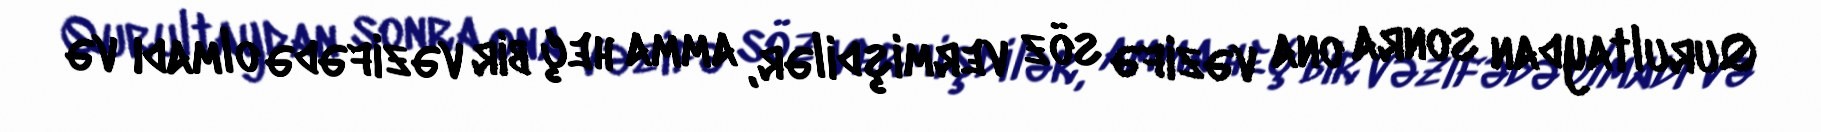
Qurultaydan sonra ona vəzifə söz vermişdilər, amma heç bir vəzifədə olmadı və